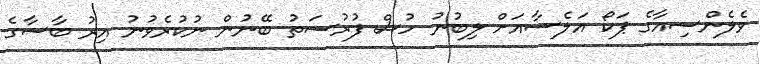
ވެލެންސިއާގެ ޕަކޯ އަލެސާއަށް ލިބުނު ހުސް ފުރުސަތު ބޭނުން ނުކުރެވުނު އިރު ބާސާގެ